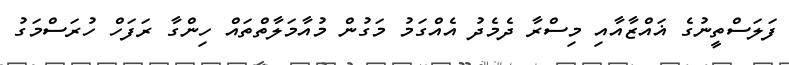
ފަލަސްތީނުގެ ޣައްޒާއާއި މިސްރާ ދެމެދު އެއްގަމު މަގުން މުއާމަލާތްތައް ހިންގާ ރަފަހް ހުރަސްމަގު